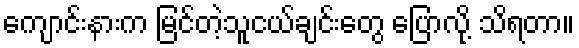
ကျောင်းနားက မြင်တဲ့သူငယ်ချင်းတွေ ပြောလို့ သိရတာ။